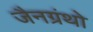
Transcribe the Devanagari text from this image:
जैनग्रंथो